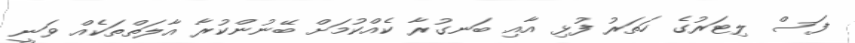
ފަސް ލިޓަރުގެ ހަތަރު ފުޅި އާއި ބަނގުރާ ކެއްކުމަށް ބޭނުންކުރާ އާލަތްތަކެއް ވަނީ